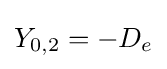
Y_{0,2}=-D_{e}